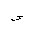
Letter: _sin